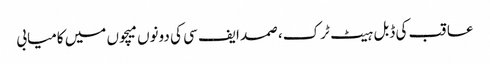
عاقب کی ڈبل ہیٹ ٹرک، صمد ایف سی کی دونوں میچوں میں کامیابی